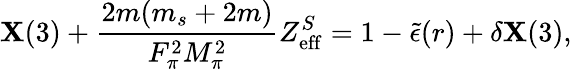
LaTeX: \mathbf{X}(3)+\frac{{2m(m_{s}+2m)}}{{F_{\pi}^{2}M_{\pi}^{2}}}Z_{\mathrm{{eff}}}^{S}=1-\tilde{{\epsilon}}(r)+\delta\mathbf{X}(3),